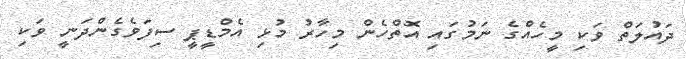
ދައުލަތް ވަކި މީހެއްގެ ނަމުގައި އޮތްހެން މިހާރު މުޅި އެމްޑީޕީ ސިފަވެގެންދަނީ ވަކި